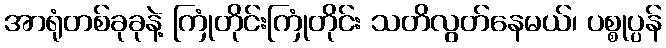
အာရုံတစ်ခုခုနဲ့ ကြုံတိုင်းကြုံတိုင်း သတိလွတ်နေမယ်၊ ပစ္စုပ္ပန်